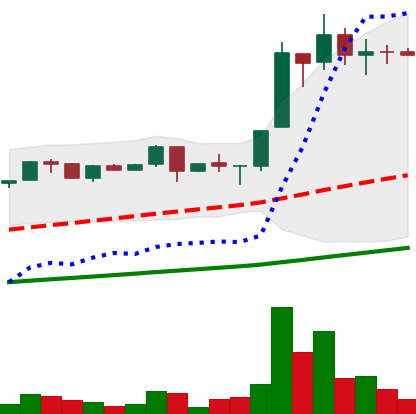
Ticker: LTC-USD
Chart end date: 2017-06-23
Forward return: -9.477%
Label: down_7plus